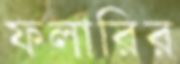
ফলারির